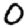
Digit: 0